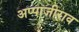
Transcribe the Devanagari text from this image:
अप्पाजीराव